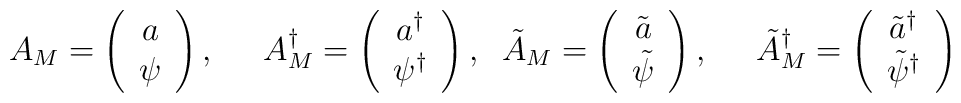
A_{M} = \left( \begin{array}{c}a \\ \psi \end{array} \right), \; \; \; \; \;  A^{\dagger}_{M} = \left( \begin{array}{c}a^{\dagger} \\ \psi^{\dagger} \end{array} \right)  , \; \;  \tilde{A}_{M} = \left( \begin{array}{c}\tilde{a} \\ \tilde{\psi} \end{array} \right), \; \; \; \; \;  \tilde{A}^{\dagger}_{M} = \left( \begin{array}{c}\tilde{a}^{\dagger} \\ \tilde{\psi}^{\dagger} \end{array} \right)